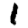
Digit: 1